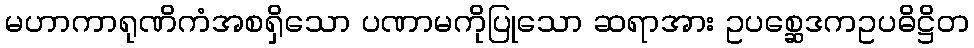
မဟာကာရုဏိကံအစရှိသော ပဏာမကိုပြုသော ဆရာအား ဥပစ္ဆေဒကဥပဓိဋ္ဌိတ